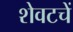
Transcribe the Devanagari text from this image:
शेवटचें